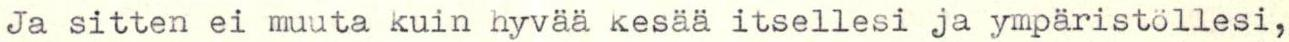
Ja sitten ei muuta kuin hyvää kesää itsellesi ja ympäristöllesi,